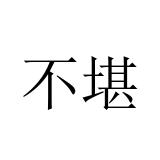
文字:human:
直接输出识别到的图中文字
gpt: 不堪